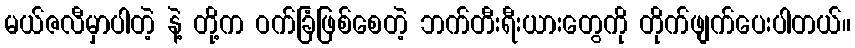
မယ်ဇလီမှာပါတဲ့ နဲ့ တို့က ဝက်ခြံဖြစ်စေတဲ့ ဘက်တီးရီးယားတွေကို တိုက်ဖျက်ပေးပါတယ်။